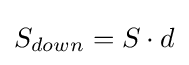
S_{down}=S\cdot d